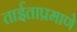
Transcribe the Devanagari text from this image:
ताईताप्रमाणे